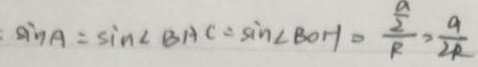
: \sin A = \sin \angle B A C = \sin \angle B O H = \frac { \frac { a } { 2 } } { R } = \frac { a } { 2 R }